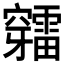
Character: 𥩉